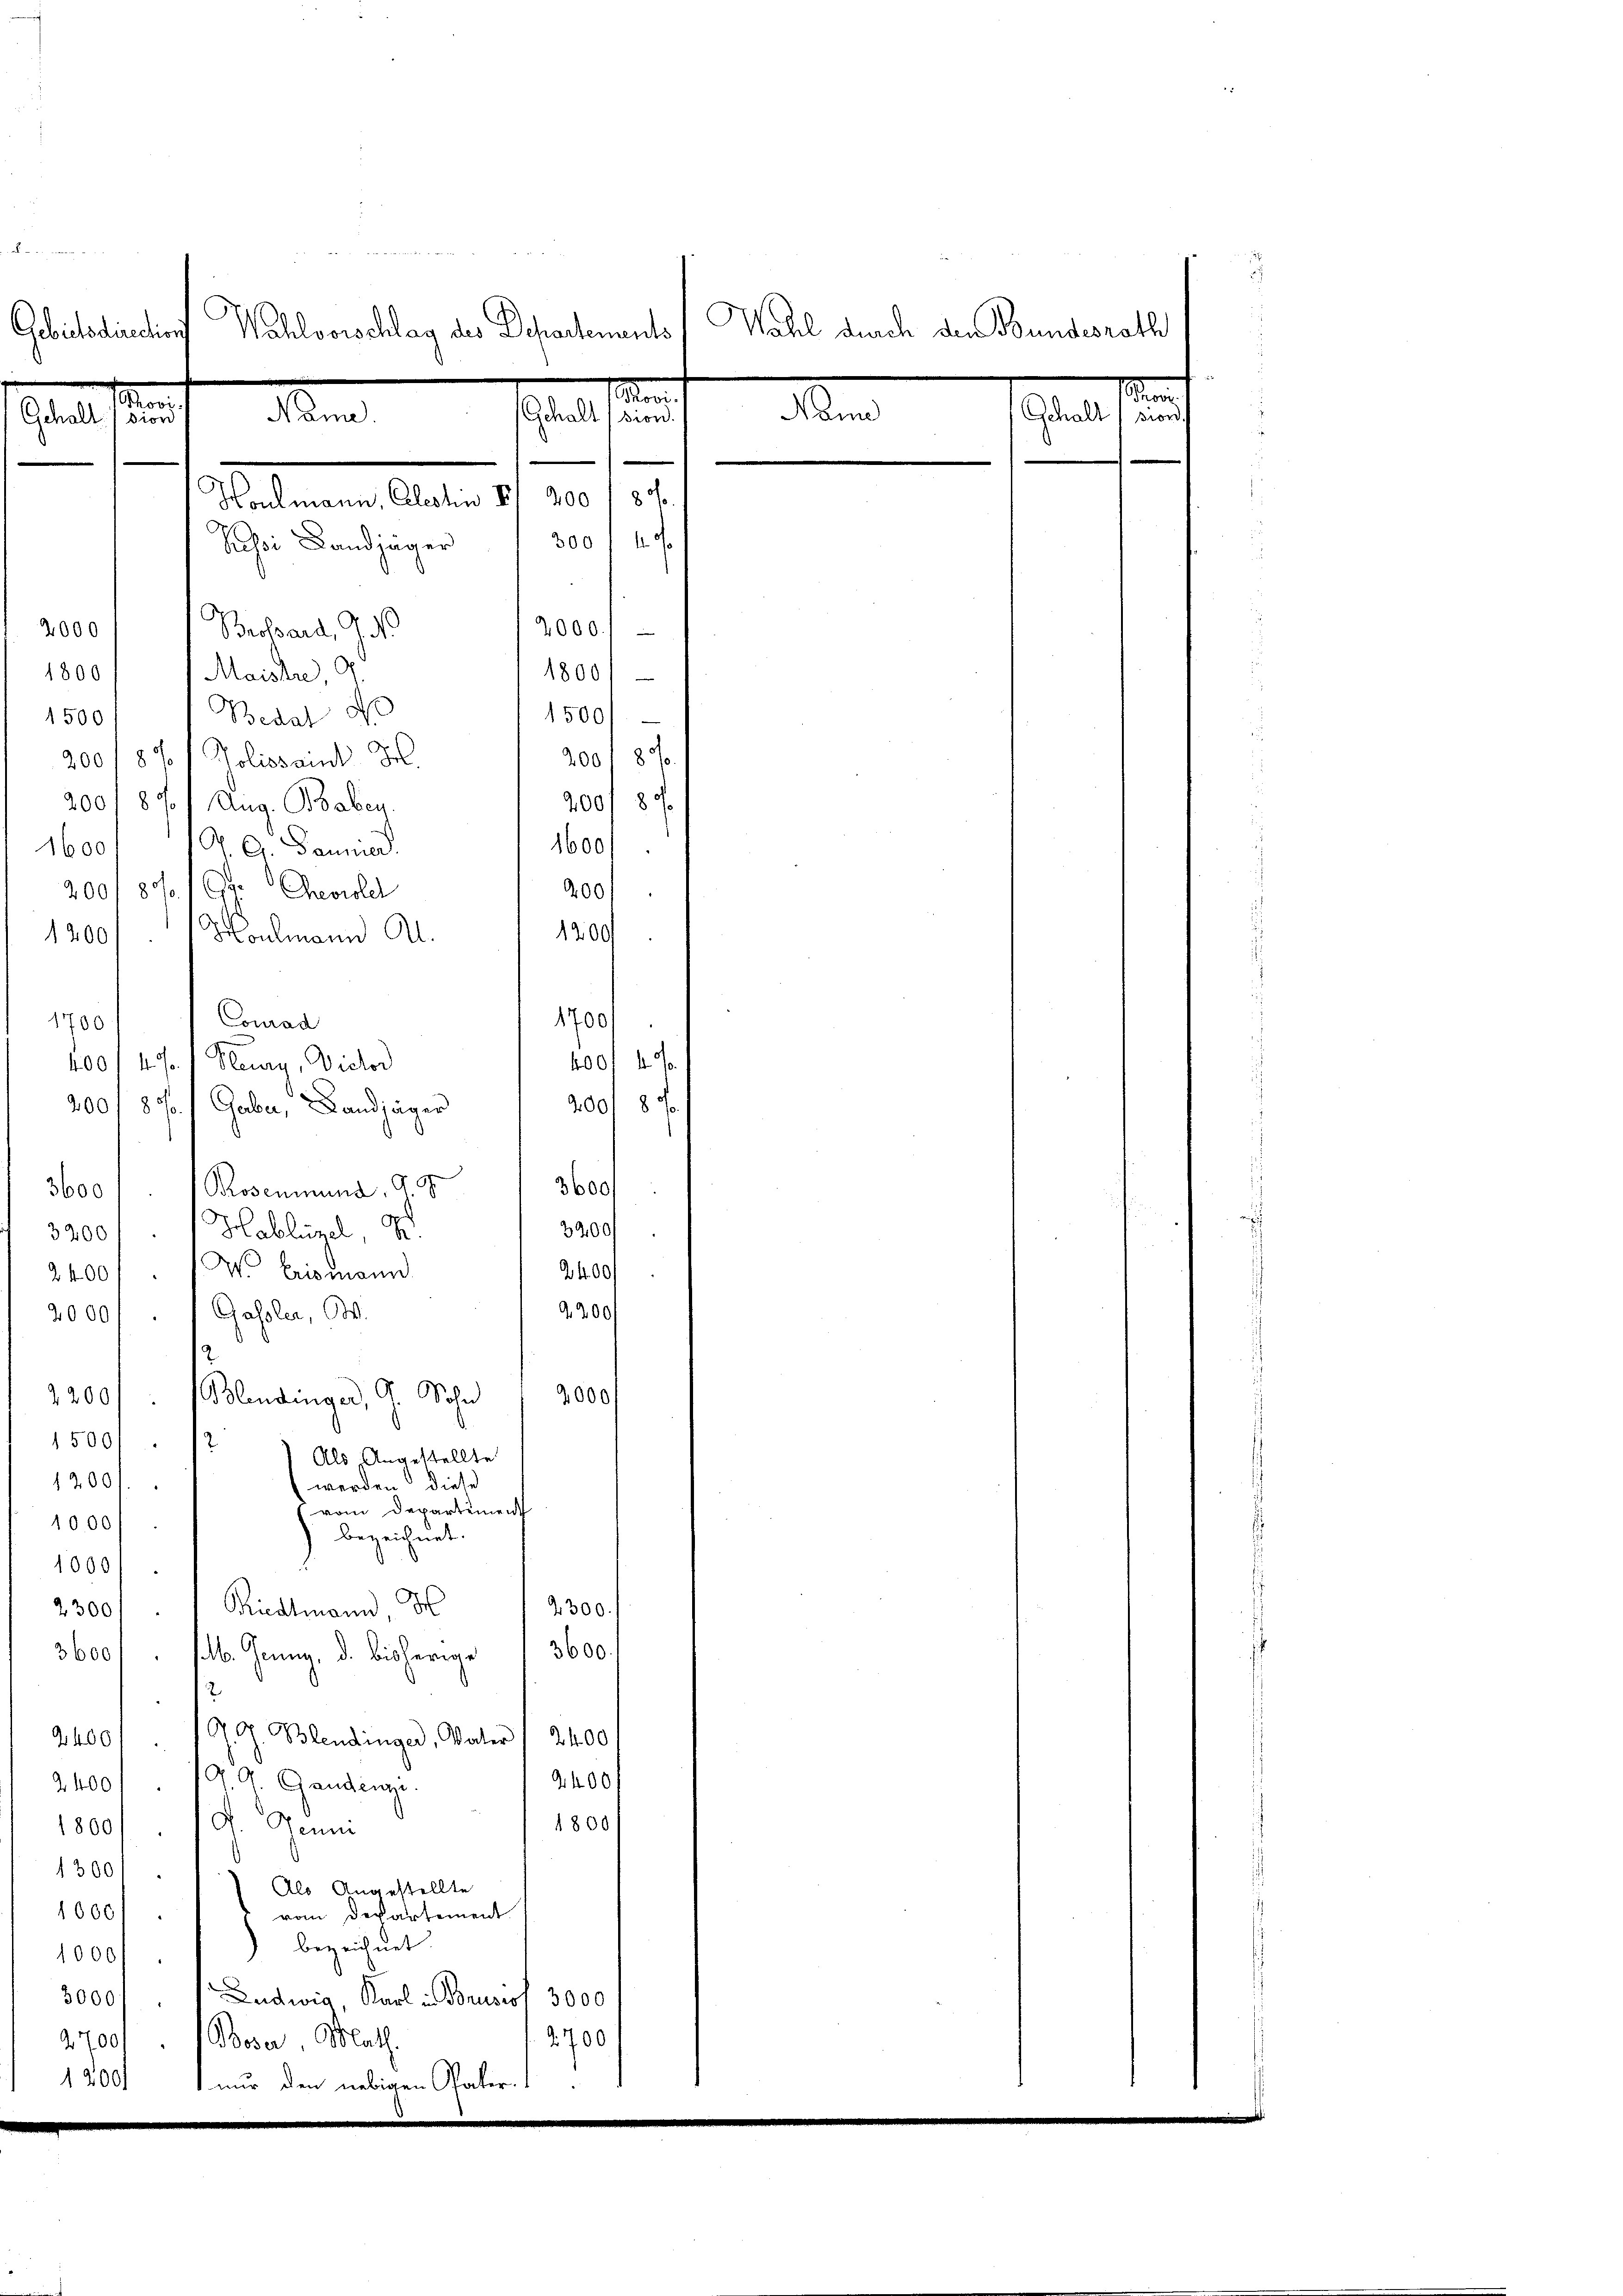
n
Gehalt Ision

2000
1800
1500

Wahl durch den Bundesrath
Gebietsdirections Wahlvorschlag des Departements
en
Name
Nam.
Gchalt (sion.
.
.
Houlmann, Alesten II 400 187
300 f 4
Schri Landjäger
Beobard, Ga
2000.)
Maistre, 9
1800/
Bedat d
1500/
2001 870.
200/87/ Joliosaud Z
200/ 80
200/87/ Aug. Babey
1600/
Dr G. Bannier.
1600
200/ 80. 16 Gevoll
400/
Moulmann Al.
1200
1200
Conrad
1700/
1700
4001 4 f.
400/4 %. / Hury, Victor
200/ 87. 1 Gaber, Landjäger
20018 f.

3600
3200
2400/
d
2400
A.200
2000
1500/12
1200.
10,00/
bezeichnet.
1000/
2300/1 Priestmann H
4300.
3600.
3600. lb. Jenny, d. bisherige
12
2400/J. G. Blendinger, Vater / 2400
J. R. Gandenze.
4400
2400
1800
1500/19. Gen
13001 1) Als Angestellte
1000/
vom Departement
bezeichnet.
1000f
Ludwig Karl in Brusiof 3000
30001
2700
2700
Boser Math.
1200 nur den nebigen Pater.

3600 Rosenmund 99
32001 1 Hablünel g
Wo Erismann
2000, " " Gassler, W.
2
3200/ ( Blendinger, G. Wohn
Als Angestellte
werden diese
vom Departement

e
Gehalt (sion,